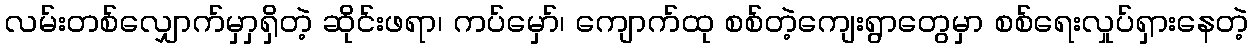
လမ်းတစ်လျှောက်မှာှရှိတဲ့ ဆိုင်းဖရာ၊ ကပ်မှော်၊ ကျောက်ထု စစ်တဲ့ကျေးရွာတွေမှာ စစ်ရေးလှုပ်ရှားနေတဲ့